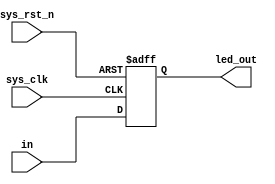
/*
blocking assign "="	whatever how many ,only delay one clock time
now_blocking assign "<=" how may time use,delay how may clock time
*/
module blocking
(   input		wire					sys_clk,
	input		wire					sys_rst_n,
	input		wire	[1:0]		in,
	output		reg		[1:0]		led_out
);
reg		[1:0]	reg_in;
reg		[1:0]	reg_in1;
always@(posedge sys_clk or negedge sys_rst_n)
	if(sys_rst_n == 1'b0)begin
		reg_in 		= 2'b0;
		reg_in1 	= 2'b0;
		led_out		= 2'b0;
		end
	else begin
		reg_in1 	= in;
		reg_in   	= reg_in1;
		led_out 	= reg_in;
		end
		
endmodule